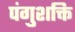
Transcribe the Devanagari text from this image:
पंगुशक्ति